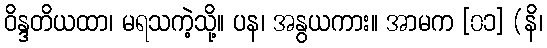
ဝိန္ဒတိယထာ၊ မရသကဲ့သို့။ ပန၊ အနွယကား။ အာမက [၀၁] (နိ၊